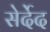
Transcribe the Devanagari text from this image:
सेर्देद